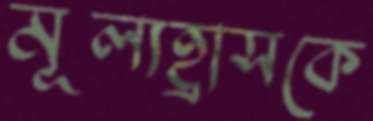
মূল্যহ্রাসকে